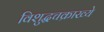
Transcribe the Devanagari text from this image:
विशुद्धचक्राख्ये